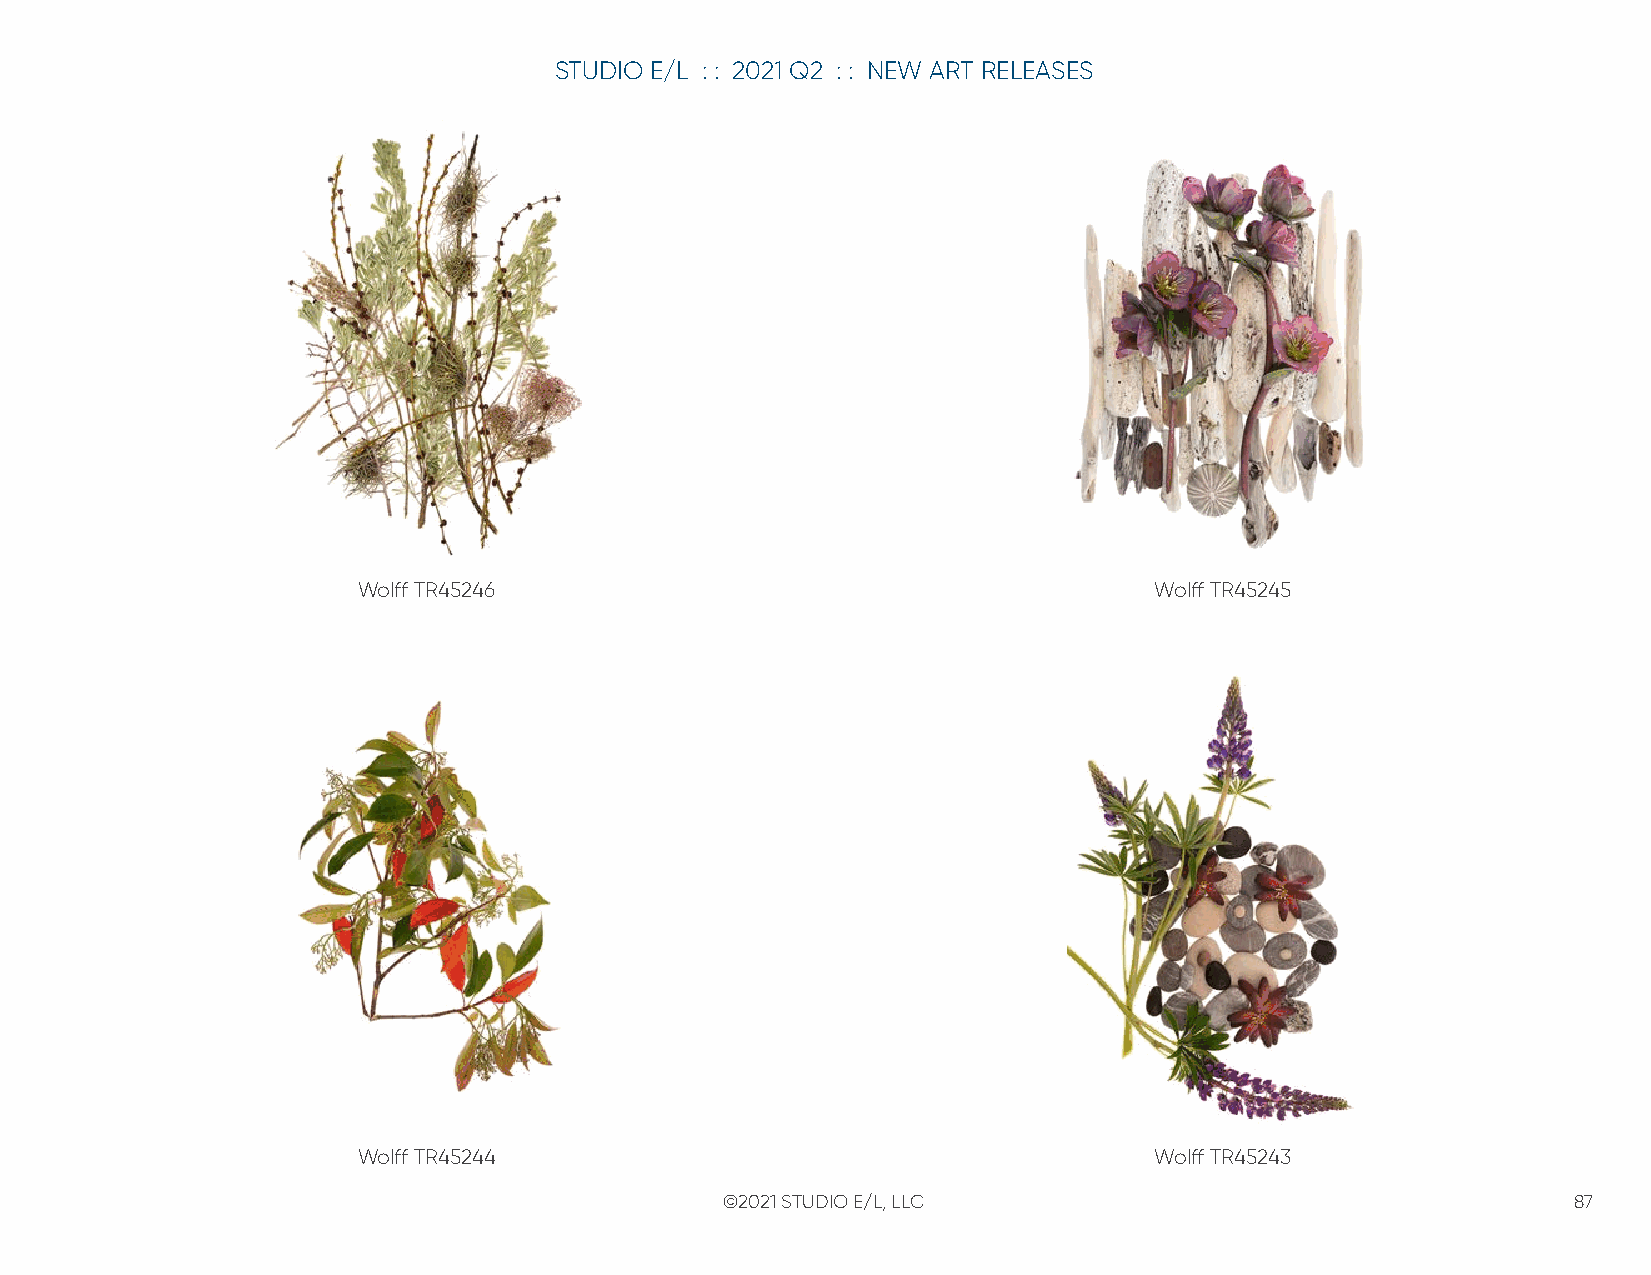
STUDIO E/L : : 2021 Q2 : : NEW ART RELEASES
 Wolff TR45246                                       Wolff TR45245
 Wolff TR45244                                       Wolff TR45243
 ©2021 STUDIO E/L, LLC                                   87